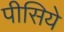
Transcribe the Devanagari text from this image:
पीसिये